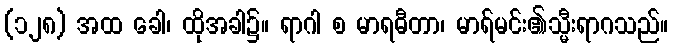
(၁၂၈) အထ ခေါ၊ ထိုအခါ၌။ ရာဂါ စ မာရဓီတာ၊ မာရ်မင်း၏သ္မီးရာဂသည်။